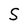
Character: S